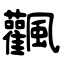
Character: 飌